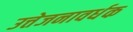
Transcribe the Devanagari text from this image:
उत्तेजनावर्धक